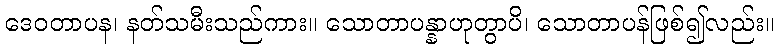
ဒေဝတာပန၊ နတ်သမီးသည်ကား။ သောတာပန္နာဟုတွာပိ၊ သောတာပန်ဖြစ်၍လည်း။